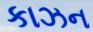
કાઝન